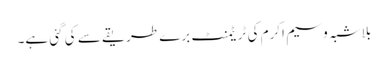
بلاشبہ وسیم اکرم کی ٹریٹمنٹ برے طریقے سے کی گئی ہے۔